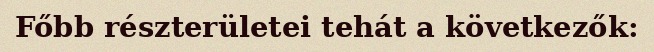
Főbb részterületei tehát a következők: